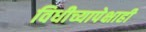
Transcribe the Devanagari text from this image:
विधीच्यापेक्षाही